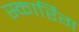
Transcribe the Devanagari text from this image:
स्कार्रिंग